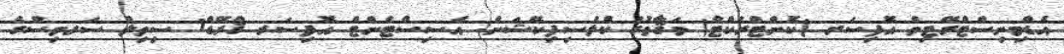
އެޑްމިނިސްޓްރޭޓިވް އޮފިސަރ (ކޮންޓްރެކްޓް) މަޤާމުގެ ކްލެސިފިކޭޝަން: އެސިސްޓެންޓް އޮފިސަރ ޤްރޭޑް1 ސިވިލް ސަރވިސްގެ